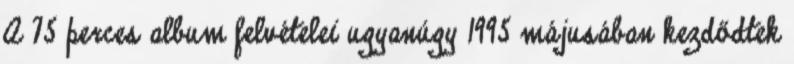
A 75 perces album felvételei ugyanúgy 1995 májusában kezdődtek